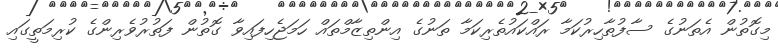
މިގޮތުން އެތަނުގެ ސާފުތާހިރުކަމާ ރައްކައުތެރިކަމާ ތަނުގެ އިންތިޒާމްތައް ހަމަޖެހިފައިވާ ގޮތުން ފަތުރުވެރިންގެ ކުރިމަތީގައި